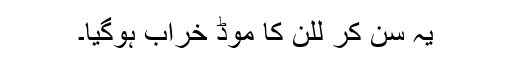
یہ سن کر للن کا موڈ خراب ہوگیا۔